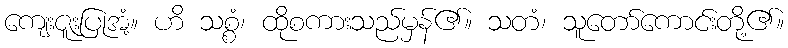
ကျေးဇူးပြုအံ့။ ဟိ သစ္စံ၊ ထိုစကားသည်မှန်၏။ သတံ၊ သူတော်ကောင်းတို့၏။